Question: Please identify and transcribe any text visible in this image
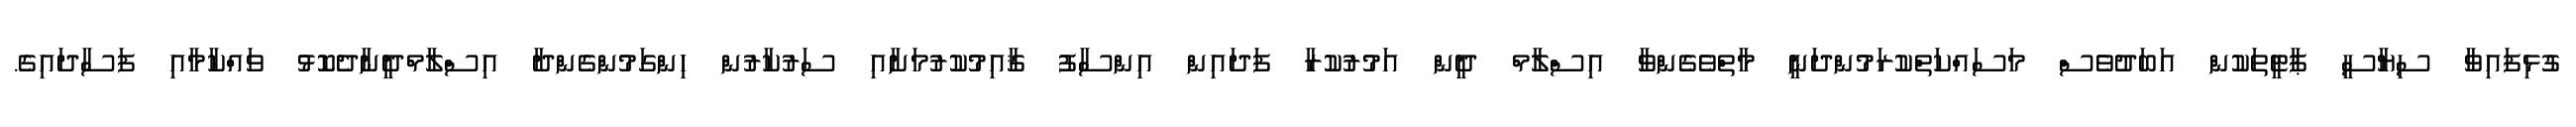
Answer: ގުޅިފައިވާ ސިޔާސީ ޕާޓީތަކުން އަބަދުވެސް މަސައްކަތްކުރަމުންދަނީ މާތްވެގެންވާ އިސްލާމް ދީން އަމުރުކުރާ ފަދައިން އިންސާފު ޤާއިމުކުރުމަށާއި ސަރުކާރުން ހިންގަމުންގެންދާ އިސްލާމްދީނާދެކޮޅު ވައްކާމާއި ފަސާދައިގެ.